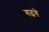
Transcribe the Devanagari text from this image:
गढगे